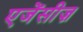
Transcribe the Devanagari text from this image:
एजेंसीज़